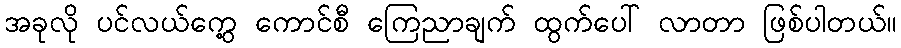
အခုလို ပင်လယ်ကွေ့ ကောင်စီ ကြေညာချက် ထွက်ပေါ် လာတာ ဖြစ်ပါတယ်။